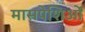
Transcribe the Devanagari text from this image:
मासपेशिओं